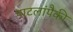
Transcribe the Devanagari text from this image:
पाटलांपैकी